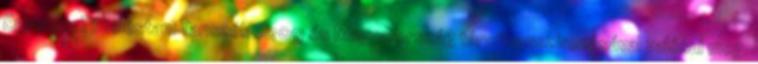
Egyetem Tüzeléstani Tanszék 2009 és Magyarország társfinanszírozásával valósul meg.